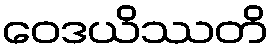
ဝေဒယိဿတိ